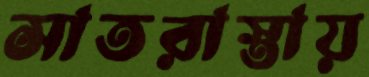
সাতরাস্তায়